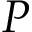
P